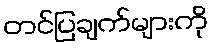
တင်ပြချက်များကို